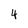
Character: 4